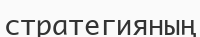
стратегияның